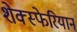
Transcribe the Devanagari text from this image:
शेक्स्फेरियान